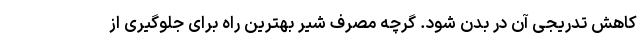
کاهش تدریجی آن در بدن شود. گرچه مصرف شیر بهترین راه برای جلوگیری از